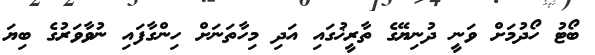
ބޯޓު ހޯދުމަށް ވަނީ ދުނިޔޭގެ ތާރީޚުގައި އަދި މިހާތަނަށް ހިންގާފައި ނުވާވަރުގެ ބިޔަ